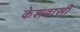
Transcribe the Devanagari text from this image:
केशवासी